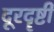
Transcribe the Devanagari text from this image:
दूरदॄष्टी